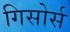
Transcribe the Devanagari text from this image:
गिसोर्स